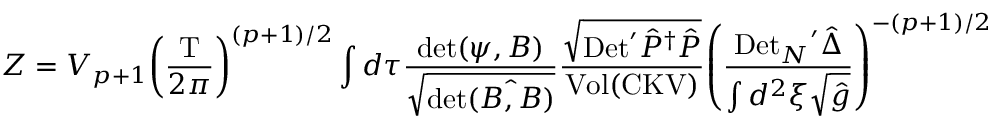
Z = { V _ { p + 1 } } { { \left( { \frac { \mathrm { T } } { 2 \pi } } \right) } ^ { ( p + 1 ) / 2 } } \int d \tau { \frac { \mathrm { d e t } ( \psi , B ) } { \sqrt { \mathrm { d e t } \hat { ( B , B ) } } } } { \frac { \sqrt { \mathrm { D e t } ^ { \prime } { \hat { P } ^ { \dagger } } \hat { P } } } { \mathrm { V o l } ( \mathrm { C K V } ) } } { { \left( { \frac { { \mathrm { D e t } _ { N } } ^ { \prime } \hat { \Delta } } { \int { d ^ { 2 } } \xi \sqrt { \hat { g } } } } \right) } ^ { - ( p + 1 ) / 2 } }